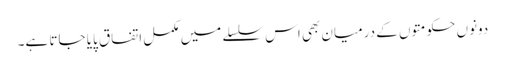
دونوں حکومتوں کے درمیان بھی اس سلسلے میں مکمل اتفاق پایا جاتا ہے۔